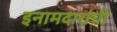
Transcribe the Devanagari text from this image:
इनामदारांची